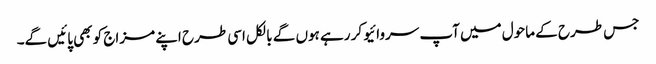
جس طرح کے ماحول میں آپ سروائیو کر رہے ہوں گے بالکل اسی طرح اپنے مزاج کو بھی پائیں گے۔